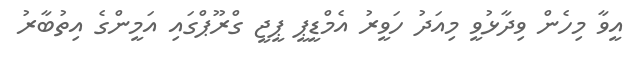
އީވާ މިހެން ވިދާޅުވީ މިއަދު ހަވީރު އެމްޑީޕީ ޕީޖީ ގްރޫޕްގައި އަމީންގެ އިތުބާރު